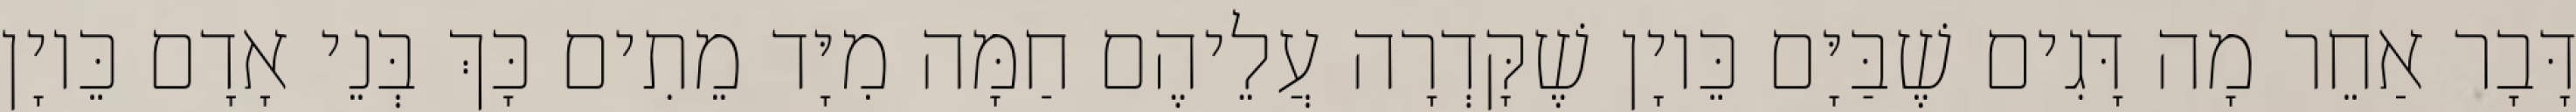
דָּבָר אַחֵר מָה דָּגִים שֶׁבַּיָּם כֵּיוָן שֶׁקָּדְרָה עֲלֵיהֶם חַמָּה מִיָּד מֵתִים כָּךְ בְּנֵי אָדָם כֵּיוָן